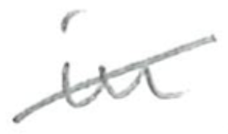
Text: in
Cross-out: mix
Writing tool: pencil